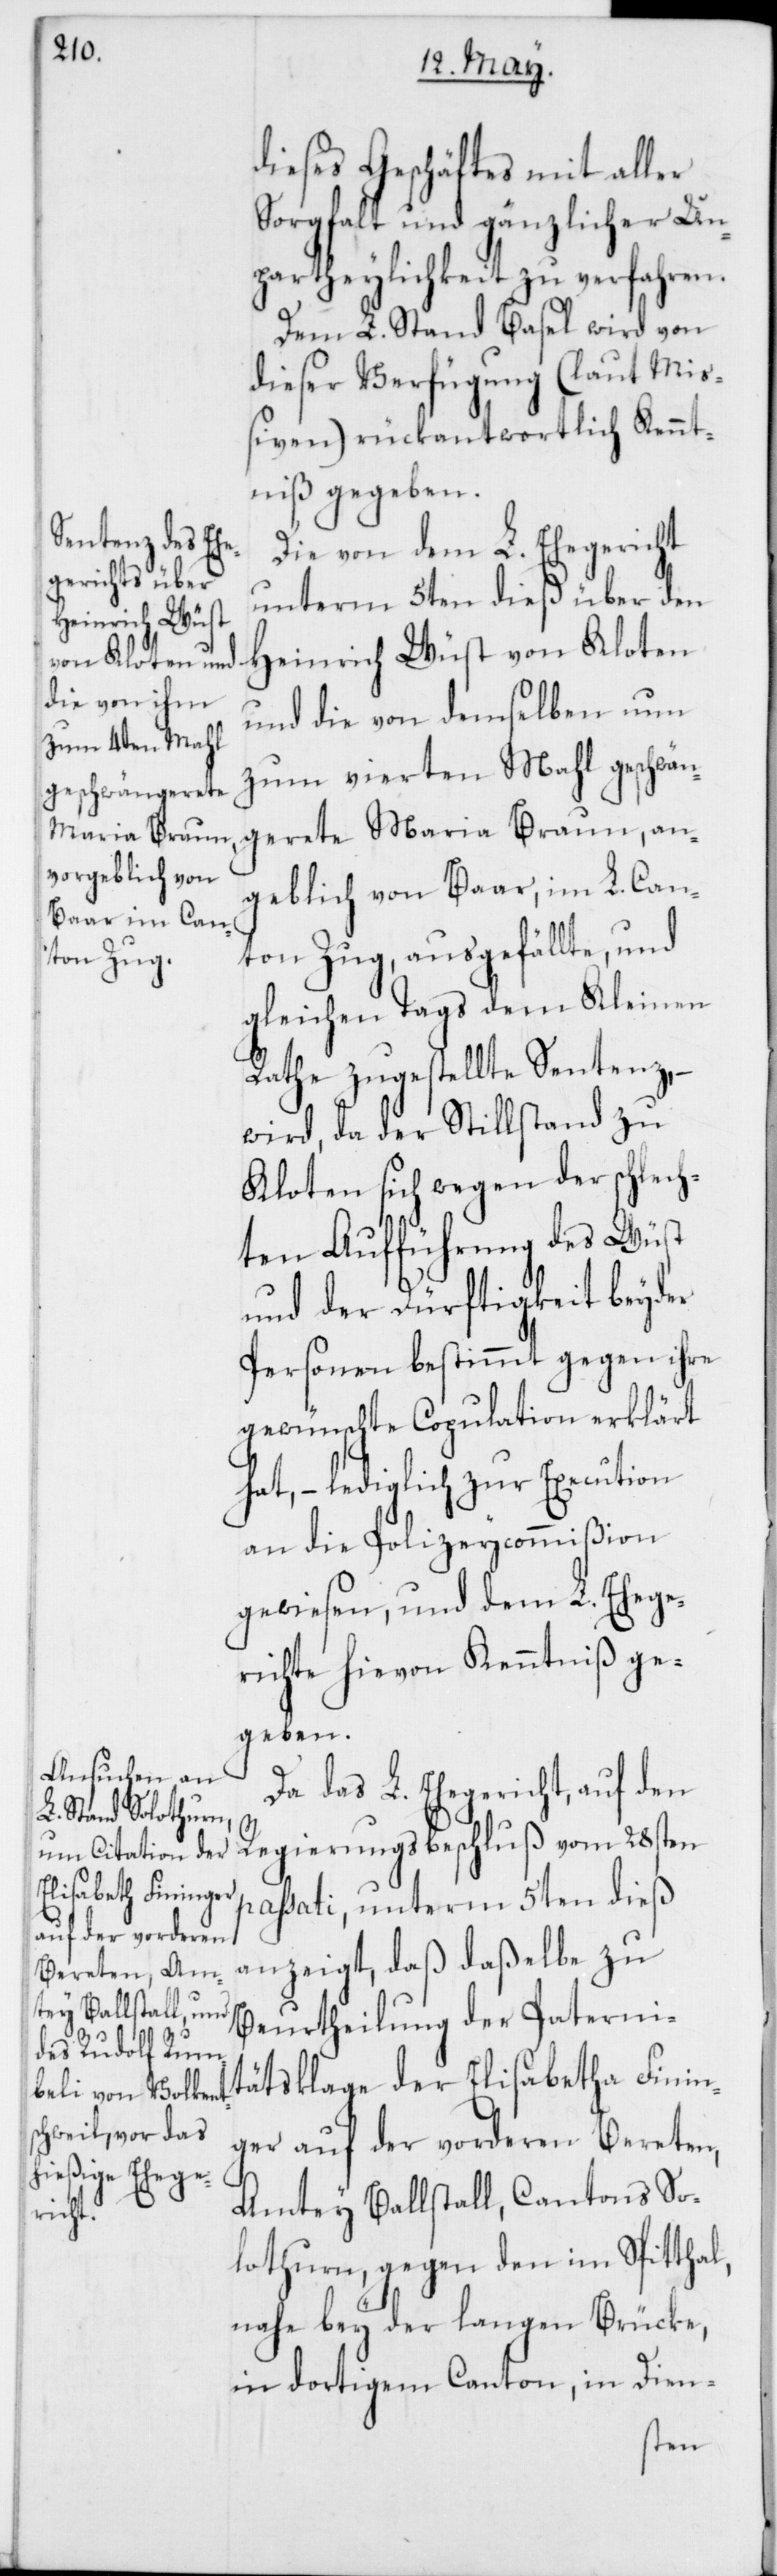
dieses Geschäftes mit aller
Sorgfalt und gänzlicher Un¬
partheylichkeit zu verfahren.
Dem L. Stand Basel wird von
dieser Verfügung (laut Mi¬
ßiven) rückantwortlich Kennt¬
niß gegeben.
Die von dem L. Ehegericht
unterm 5ten dieß über den
Heinrich Wüst von Kloten
und die von demselben nun
zum vierten Mahl geschwän¬
gerete Maria Braun, an¬
geblich von Baar, im L. Can¬
ton Zug, ausgefällte und
gleichen Tags dem Kleinen
Rathe zugestellte Sentenz, –
wird, da der Stillstand zu
Kloten sich wegen der schlech¬
ten Aufführung des Wüst
und der Dürftigkeit beyder
Personen bestimmt gegen ihre
gewünschte Copulation erklärt
hat, – lediglich zur Execution
an die Polizeycommißion
gewiesen, und dem L. Ehege¬
richt hievon Kenntniß ge¬
geben.
Da das L. Ehegericht, auf den
Regierungsbeschluß vom 28sten
passati, unterm 5ten dieß
anzeigt, daß daßelbe zu
Beurtheilung der Paterni¬
tätsklage der Elisabetha Finin¬
ger auf der vorderen Bereten,
Amtey Ballstall, Cantons So¬
lothurn, gegen den im Spitthal,
nahe bey der langen Brücke,
in dortigem Canton, in Dien-